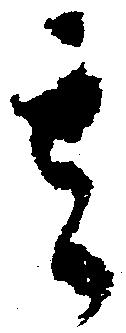
其